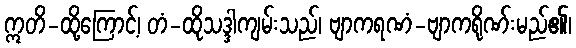
ဣတိ-ထို့ကြောင့်၊ တံ-ထိုသဒ္ဒါကျမ်းသည်၊ ဗျာကရဏံ-ဗျာကရိုဏ်းမည်၏၊